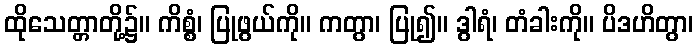
ထိုသေတ္တာတို့၌။ ကိစ္စံ၊ ပြုဖွယ်ကို။ ကတွာ၊ ပြု၍။ ဒွါရံ၊ တံခါးကို။ ပိဒဟိတွာ၊